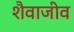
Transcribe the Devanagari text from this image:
शैवाजीव